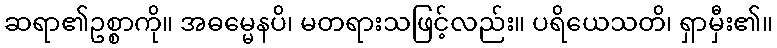
ဆရာ၏ဥစ္စာကို။ အဓမ္မေနပိ၊ မတရားသဖြင့်လည်း။ ပရိယေသတိ၊ ရှာမှီး၏။